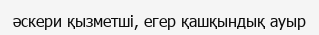
әскери қызметші, егер қашқындық ауыр